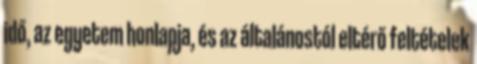
idő, az egyetem honlapja, és az általánostól eltérő feltételek